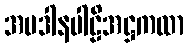
အပဒါနပါဠိအဋ္ဌကထာ